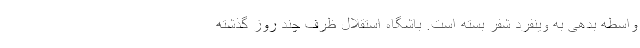
واسطه بدهی به وینفرد شفر بسته است. باشگاه استقلال ظرف چند روز گذشته